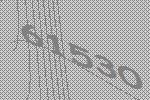
61530